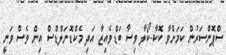
ސްޕޮންސަރުން ކަމަށްވާ ކޮކާ-ކޯލާ ވިސާ ބަޑްވެއިޒާ އަދި މެކްޑޮނަލްޑްސް އިން ވެސް ވަނީ